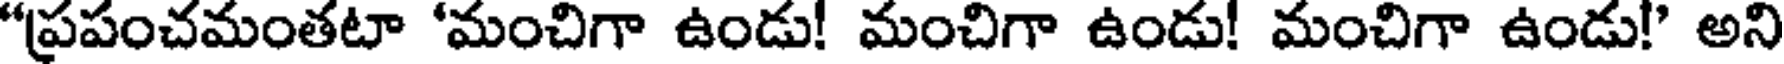
"ప్రపంచమంతటా 'మంచిగా ఉండు! మంచిగా ఉండు! మంచిగా ఉండు!" అని